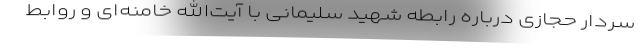
سردار حجازی درباره رابطه شهید سلیمانی با آیت‌الله خامنه‌ای و روابط